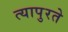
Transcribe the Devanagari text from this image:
त्यापुरते